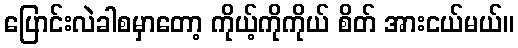
ပြောင်းလဲခါစမှာတော့ ကိုယ့်ကိုကိုယ် စိတ် အားငယ်မယ်။